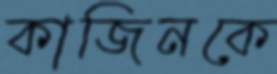
কাজিনকে